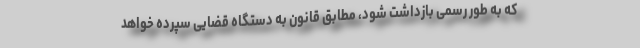
که به طور رسمی بازداشت شود، مطابق قانون به دستگاه قضایی سپرده خواهد